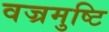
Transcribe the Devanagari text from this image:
वज्रमुष्टि